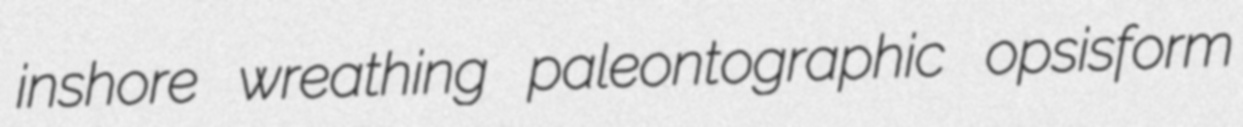
inshore wreathing paleontographic opsisform